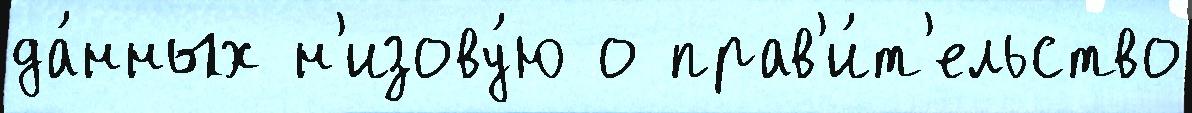
да́нных н'изову́ю о прав'и́т'ельство